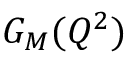
G _ { M } ( Q ^ { 2 } )